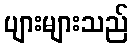
ပျားများသည်